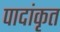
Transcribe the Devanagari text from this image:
पादांकृत